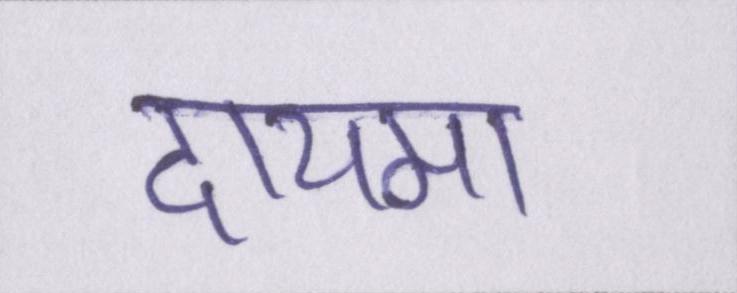
दायमा